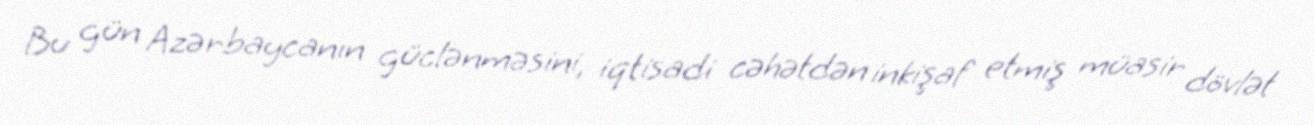
Bu gün Azərbaycanın güclənməsini, iqtisadi cəhətdən inkişaf etmiş müasir dövlət